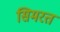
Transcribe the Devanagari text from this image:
सिमरत